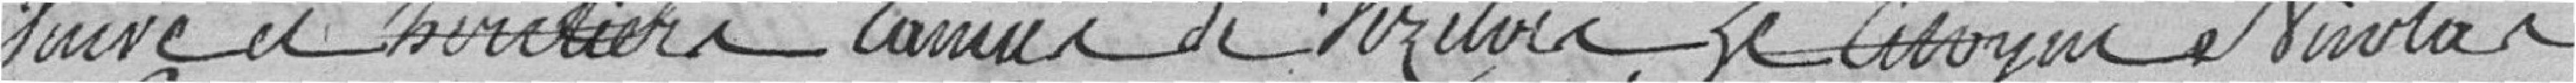
Veuve et heritiers Camus? de Vezuvie, le citoyen Nicolas